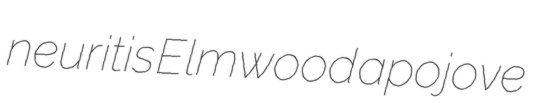
neuritis Elmwood apojove